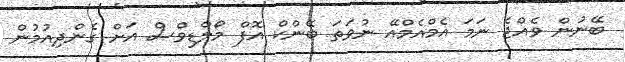
ބޭނުން ވެއްޖެ ނަމަ އެމްއެމްއޭ ނުވަތަ ބޭންކް އޮފް މޯލްޑިވްސް އަށް ގެންދިއުމުން